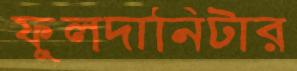
ফুলদানিটার